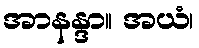
အာနန္ဒာ။ အယံ၊